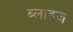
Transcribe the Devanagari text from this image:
ब्लाइज